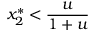
x _ { 2 } ^ { * } < \frac { u } { 1 + u }